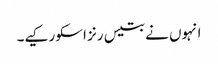
انہوں نے بتیس رنز اسکو رکیے۔